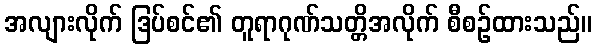
အလျားလိုက် ဒြပ်စင်၏ တူရာဂုဏ်သတ္တိအလိုက် စီစဉ်ထားသည်။